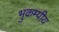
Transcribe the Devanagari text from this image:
भुकम्पीय